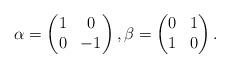
LaTeX: \begin{align*}\alpha=\begin{pmatrix}1&0\\0&-1 \end{pmatrix}, \beta=\begin{pmatrix}0&1\\1&0 \end{pmatrix}.\end{align*}